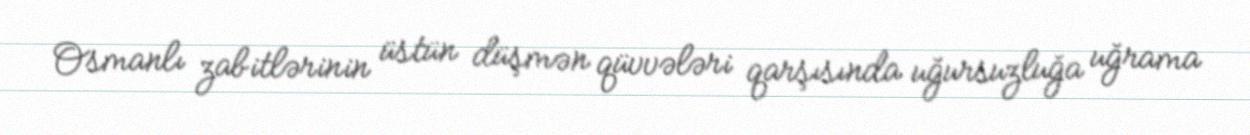
Osmanlı zabitlərinin üstün düşmən qüvvələri qarşısında uğursuzluğa uğrama